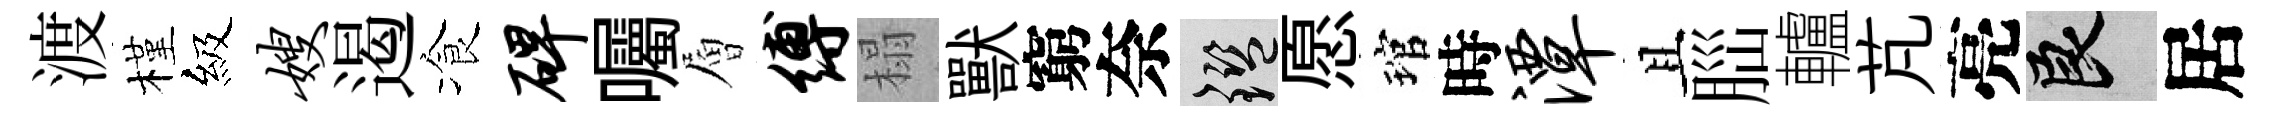
渡槿級嫂遏飡碑囑層缚榻獸窮奈鑒愿琯時潭且𦛁轤芃亮良居